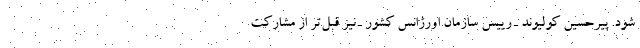
شود. پیرحسین کولیوند ـ رییس سازمان اورژانس کشور ـ نیز قبل‌تر از مشارکت